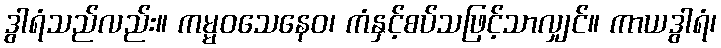
ဒွါရံသည်လည်း။ ကမ္မဝသေနေဝ၊ ကံနှင့်စပ်သဖြင့်သာလျှင်။ ကာယဒွါရံ၊